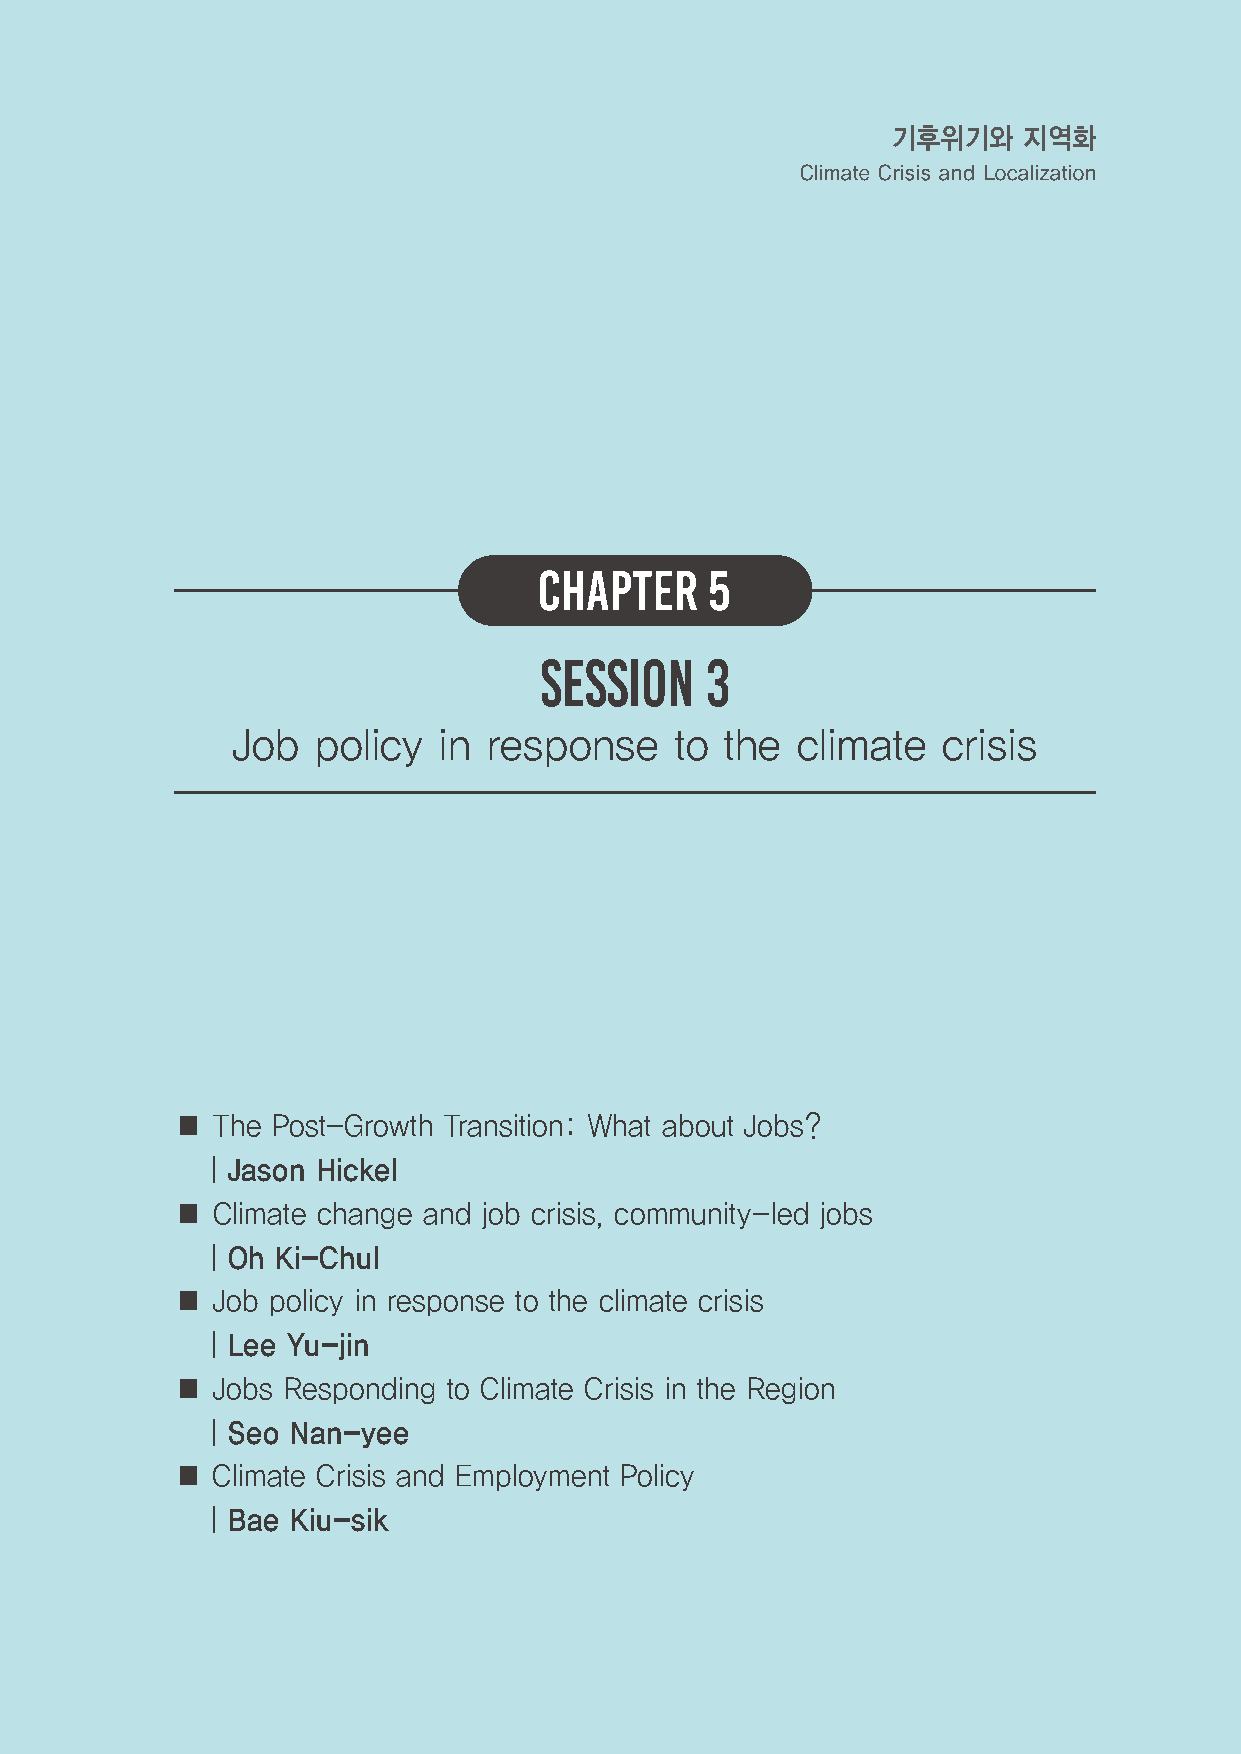
기후위기와    지역화
 Climate Crisis and Localization
 CHAPTER    5
 SESSION    3
 Job   policy  in response     to the  climate  crisis
 ■ The Post-Growth Transition: What about Jobs?
 ㅣ Jason Hickel
 ■ Climate change and job crisis, community-led jobs
 ㅣ Oh Ki-Chul
 ■ Job policy in response to the climate crisis
 ㅣ Lee Yu-jin
 ■ Jobs Responding to Climate Crisis in the Region
 ㅣ Seo Nan-yee
 ■ Climate Crisis and Employment Policy
 ㅣ Bae Kiu-sik